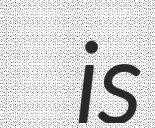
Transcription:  is